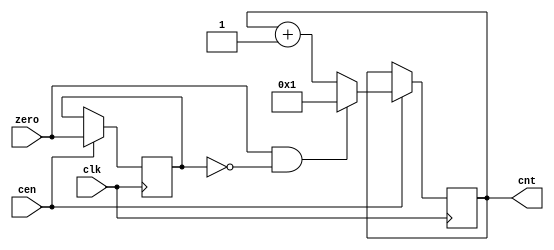
/*  This file is part of JT51.

    JT51 is free software: you can redistribute it and/or modify
    it under the terms of the GNU General Public License as published by
    the Free Software Foundation, either version 3 of the License, or
    (at your option) any later version.

    JT51 is distributed in the hope that it will be useful,
    but WITHOUT ANY WARRANTY; without even the implied warranty of
    MERCHANTABILITY or FITNESS FOR A PARTICULAR PURPOSE.  See the
    GNU General Public License for more details.

    You should have received a copy of the GNU General Public License
    along with JT51.  If not, see <http://www.gnu.org/licenses/>.

	Author: Jose Tejada Gomez. Twitter: @topapate
	Version: 1.1
	Date: 15- 4-2016
	*/

module sep32_cnt(
    input           clk,
    input           cen,
    input           zero,
    output reg [4:0]    cnt
    );

reg last_zero;

always @(posedge clk) if(cen) begin : proc_cnt
    last_zero <= zero;
    cnt <= (zero&&!last_zero) ? 5'd1 : cnt + 5'b1;
end

endmodule // sep32_cnt